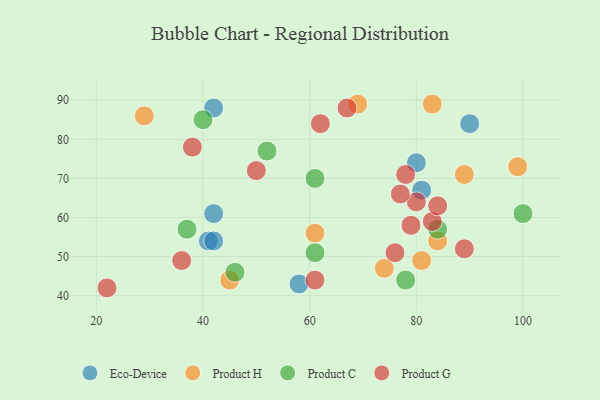
{"axis": {"x": "GDP", "y": "Life Expectancy"}, "legend": ["Eco-Device", "Product C", "Product G", "Product H"], "data": [{"x": "90", "y": 84, "type": "Eco-Device"}, {"x": "42", "y": 61, "type": "Eco-Device"}, {"x": "41", "y": 54, "type": "Eco-Device"}, {"x": "81", "y": 67, "type": "Eco-Device"}, {"x": "58", "y": 43, "type": "Eco-Device"}, {"x": "42", "y": 88, "type": "Eco-Device"}, {"x": "80", "y": 74, "type": "Eco-Device"}, {"x": "42", "y": 54, "type": "Eco-Device"}, {"x": "83", "y": 89, "type": "Product H"}, {"x": "89", "y": 71, "type": "Product H"}, {"x": "61", "y": 56, "type": "Product H"}, {"x": "81", "y": 49, "type": "Product H"}, {"x": "29", "y": 86, "type": "Product H"}, {"x": "99", "y": 73, "type": "Product H"}, {"x": "45", "y": 44, "type": "Product H"}, {"x": "84", "y": 54, "type": "Product H"}, {"x": "74", "y": 47, "type": "Product H"}, {"x": "69", "y": 89, "type": "Product H"}, {"x": "40", "y": 85, "type": "Product C"}, {"x": "61", "y": 70, "type": "Product C"}, {"x": "61", "y": 51, "type": "Product C"}, {"x": "52", "y": 77, "type": "Product C"}, {"x": "78", "y": 44, "type": "Product C"}, {"x": "100", "y": 61, "type": "Product C"}, {"x": "37", "y": 57, "type": "Product C"}, {"x": "84", "y": 57, "type": "Product C"}, {"x": "46", "y": 46, "type": "Product C"}, {"x": "83", "y": 59, "type": "Product G"}, {"x": "36", "y": 49, "type": "Product G"}, {"x": "67", "y": 88, "type": "Product G"}, {"x": "76", "y": 51, "type": "Product G"}, {"x": "38", "y": 78, "type": "Product G"}, {"x": "61", "y": 44, "type": "Product G"}, {"x": "80", "y": 64, "type": "Product G"}, {"x": "22", "y": 42, "type": "Product G"}, {"x": "50", "y": 72, "type": "Product G"}, {"x": "84", "y": 63, "type": "Product G"}, {"x": "79", "y": 58, "type": "Product G"}, {"x": "62", "y": 84, "type": "Product G"}, {"x": "89", "y": 52, "type": "Product G"}, {"x": "78", "y": 71, "type": "Product G"}, {"x": "77", "y": 66, "type": "Product G"}]}